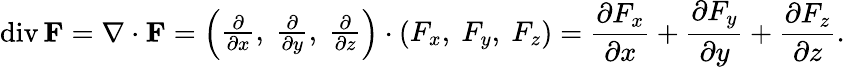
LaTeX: \operatorname{div}\mathbf{F}=\nabla\cdot\mathbf{F}={\left(\begin{array}{l}{{\frac{\partial}{\partial x}},\ {\frac{\partial}{\partial y}},\ {\frac{\partial}{\partial z}}}\end{array}\right)}\cdot{\left(\begin{array}{l}{F_{x},\ F_{y},\ F_{z}}\end{array}\right)}={\frac{\partial F_{x}}{\partial x}}+{\frac{\partial F_{y}}{\partial y}}+{\frac{\partial F_{z}}{\partial z}}.